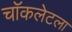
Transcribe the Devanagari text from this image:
चॉकलेटला